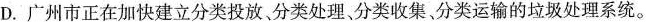
D.广州市正在加快建立分类投放分类处理、分类收集、分类运输的垃圾处理系统。